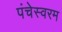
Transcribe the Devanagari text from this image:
पंचेस्वरम